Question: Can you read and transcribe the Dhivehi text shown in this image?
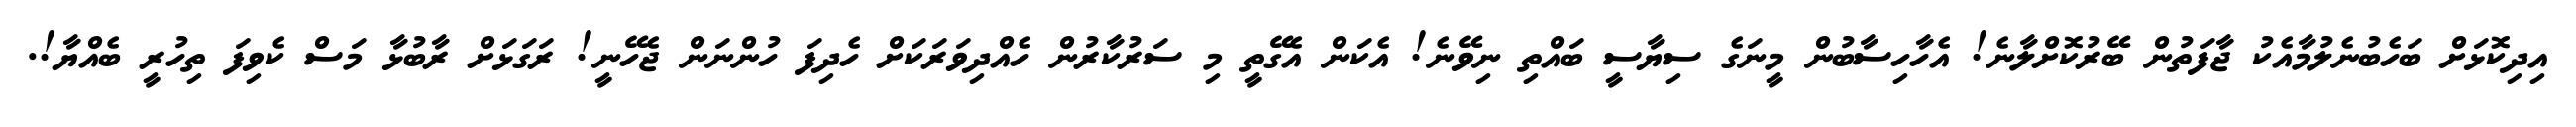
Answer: އިދިކޮޅަށް ބަހެބުނެލުމާއެކު ޖާފަތުން ބޭރުކޮށްލާނެ! އެހާހިސާބުން މީނަގެ ސިޔާސީ ބައްތި ނިވޭނެ! އެކަން އެގޭތީ މި ސަރުކާރުން ހެއްދިވަރަކަށް ހެދިފަ ހުންނަން ޖެހޭނީ! ރަގަޅަށް ރާބުޅާ މަސް ކެވިފަ ތިހުރީ ބެއްޔާ!.